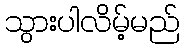
သွားပါလိမ့်မည်